Annual report on the working of the Harcourt Butler Institute of Public Health, Rangoon
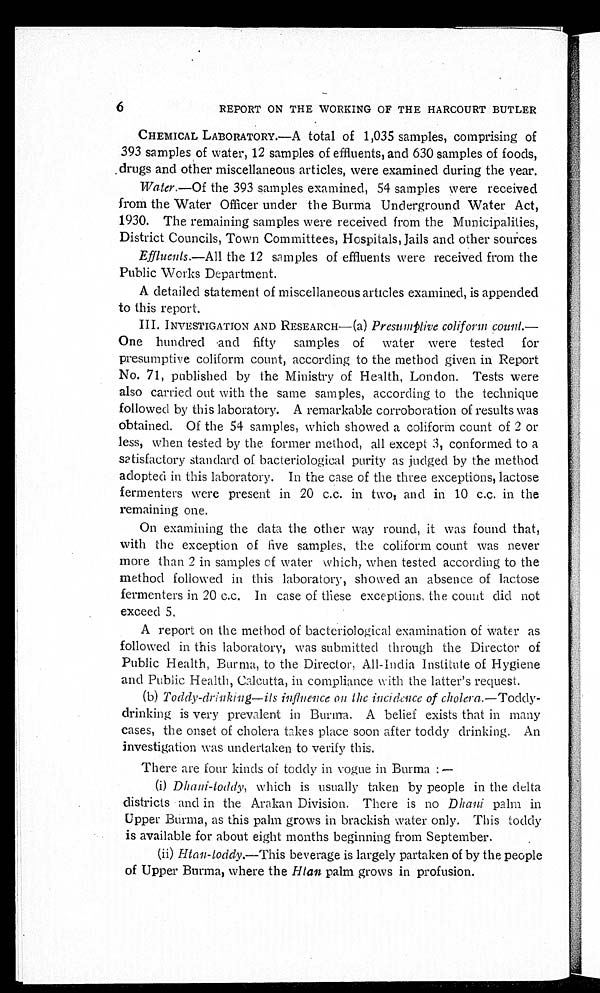
6 REPORT ON THE WORKING OF THE HARCOURT BUTLER
CHEMICAL LABORATORY.—A total of 1,035 samples, comprising of
393 samples of water, 12 samples of effluents, and 630 samples of foods,
drugs and other miscellaneous articles, were examined during the year.
Water .—Of the 393 samples examined, 54 samples were received
from the Water Officer under the Burma Underground Water Act,
1930. The remaining samples were received from the Municipalities,
District Councils, Town Committees, Hospitals, Jails and other sources
Effluents.—All the 12 samples of effluents were received from the
Public Works Department.
A detailed statement of miscellaneous articles examined, is appended
to this report.
III. INVESTIGATION AND RESEARCH—(a) Presumplive coliform count .—
One hundred and fifty samples of water were tested for
presumptive coliform count, according to the method given in Report
No. 71, published by the Ministry of Health, London. Tests were
also carried out with the same samples, according to the technique
followed by this laboratory. A remarkable corroboration of results was
obtained. Of the 54 samples, which showed a coliform count of 2 or
less, when tested by the former method, all except 3, conformed to a
satisfactory standard of bacteriological purity as judged by the method
adopted in this laboratory. In the case of the three exceptions, lactose
fermenters were present in 20 c.c. in two, and in 10 c.c. in the
remaining one.
On examining the data the other way round, it was found that,
with the exception of five samples, the coliform count was never
more than 2 in samples of water which, when tested according to the
method followed in this laboratory, showed an absence of lactose
fermenters in 20 c.c. In case of these exceptions, the count did not
exceed 5.
A report on the method of bacteriological examination of water as
followed in this laboratory, was submitted through the Director of
Public Health, Burma, to the Director, All-India Institute of Hygiene
and Public Health, Calcutta, in compliance with the latter's request.
(b) Toddy-drinking—its influence on the incidence of cholera.— Toddy
- -
d r i n k i n g i s v e r y p r e v a l e n t i n B u r m a . A b e l i e f e x i s t s t h a t i n m a n y
cases, the onset of cholera takes place soon after toddy drinking. An
investigation was undertaken to verify this.
There are four kinds of toddy in vogue in Burma:—
(i) Dhani-toddy, which is usually taken by people in the delta
districts and in the Arakan Division. There is no Dhani palm in
Upper Burma, as this palm grows in brackish water only. This toddy
is available for about eight months beginning from September.
(ii)
Htan-toddy.—This beverage is largely partaken of by the people
of Upper Burma, where the Hlan palm grows in profusion.